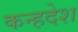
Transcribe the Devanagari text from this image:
कन्हदेश